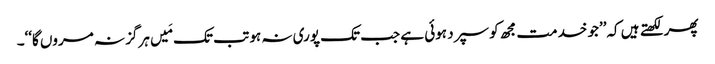
پھر لکھتے ہیں کہ’’جو خدمت مجھ کو سپرد ہوئی ہے جب تک پوری نہ ہو تب تک مَیں ہرگز نہ مروں گا‘‘۔